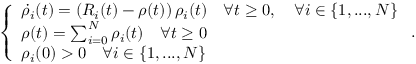
\begin{array} { r } { \left\{ \begin{array} { l l } { \dot { \rho } _ { i } ( t ) = \left( R _ { i } ( t ) - \rho ( t ) \right) \rho _ { i } ( t ) \quad \forall t \geq 0 , \quad \forall i \in \{ 1 , . . . , N \} } \\ { \rho ( t ) = \sum _ { i = 0 } ^ { N } { \rho _ { i } ( t ) } \quad \forall t \geq 0 } \\ { \rho _ { i } ( 0 ) > 0 \quad \forall i \in \{ 1 , . . . , N \} } \end{array} \right. . } \end{array}